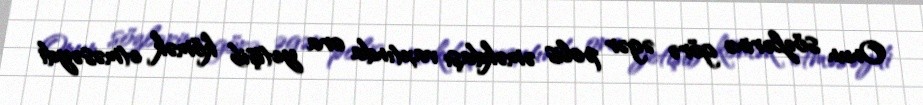
Onun sözlərinə görə əgər polis əməkdaşı vaxtında ora yetişib kömək etməsəydi